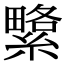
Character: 䌎